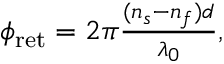
\begin{array} { r } { \phi _ { \mathrm { r e t } } = 2 \pi \frac { ( n _ { s } - n _ { f } ) d } { \lambda _ { 0 } } , } \end{array}